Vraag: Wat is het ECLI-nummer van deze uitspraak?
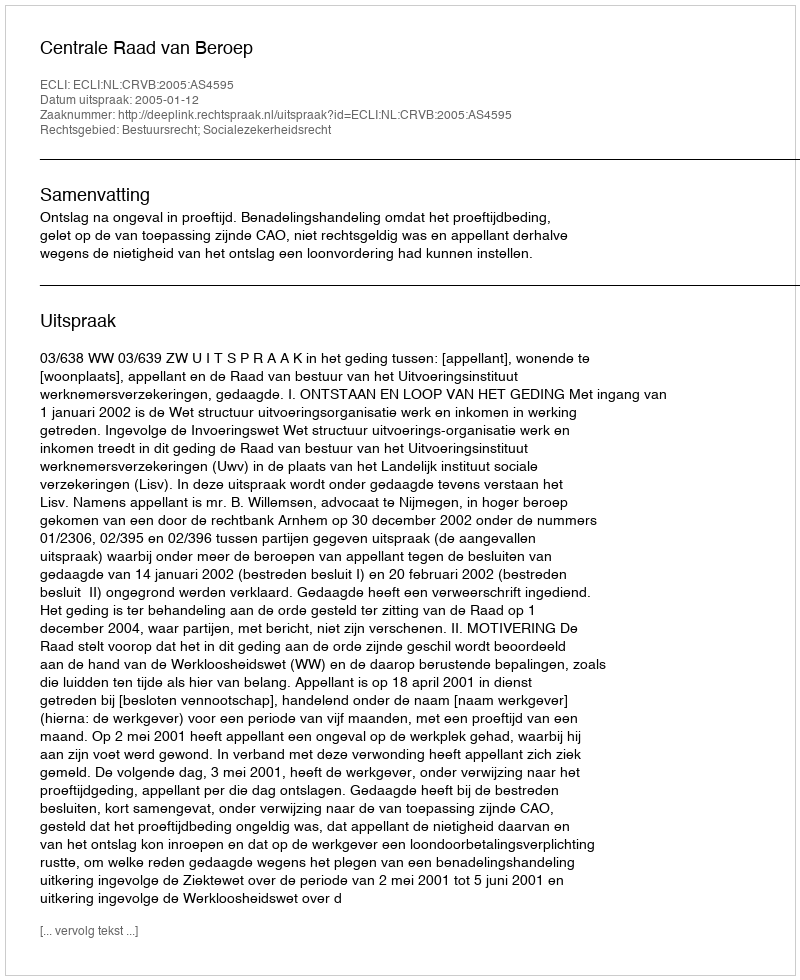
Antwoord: ECLI:NL:CRVB:2005:AS4595